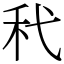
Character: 䄩